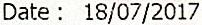
DATE : 18/07/2017